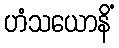
ဟံသယောနိံ